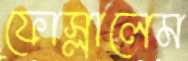
ফোস্‌লালেম